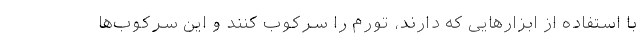
با استفاده از ابزارهایی که دارند، تورم را سرکوب کنند و این سرکوب‌ها